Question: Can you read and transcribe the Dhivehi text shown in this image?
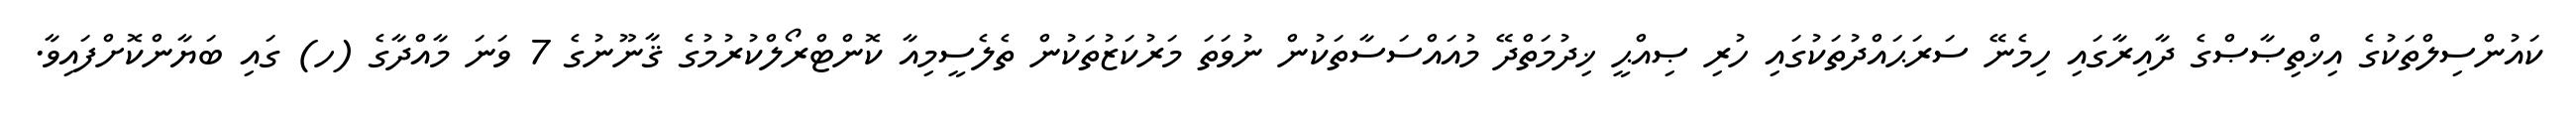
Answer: ކައުންސިލްތަކުގެ އިޚްތިޞާޞްގެ ދާއިރާގައި ހިމެނޭ ސަރަޙައްދުތަކުގައި ހުރި ޞިއްޙީ ޚިދުމަތްދޭ މުއައްސަސާތަކުން ނުވަތަ މަރުކަޒުތަކުން ތެލެސީމިއާ ކޮންޓްރޯލްކުރުމުގެ ޤާނޫނުގެ 7 ވަނަ މާއްދާގެ (ހ) ގައި ބަޔާންކޮށްފައިވާ.